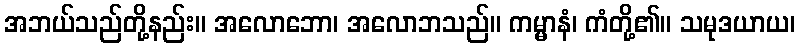
အဘယ်သည်တို့နည်း။ အလောဘော၊ အလောဘသည်။ ကမ္မာနံ၊ ကံတို့၏။ သမုဒယာယ၊